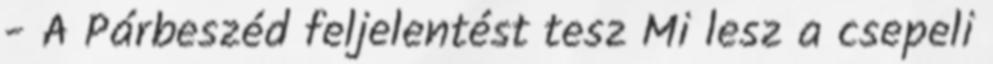
- A Párbeszéd feljelentést tesz Mi lesz a csepeli